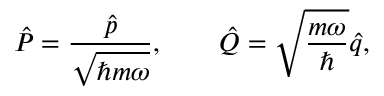
\hat { P } = \frac { \hat { p } } { \sqrt { \hbar m \omega } } , \qquad \hat { Q } = \sqrt { \frac { m \omega } { \hbar } } \hat { q } ,